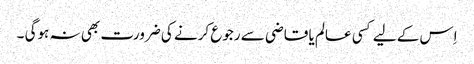
اِس کے لیے کسی عالم یا قاضی سے رجوع کرنے کی ضرورت بھی نہ ہوگی ۔